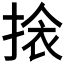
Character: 𭡖